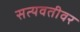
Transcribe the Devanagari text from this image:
सत्यवतीवर